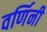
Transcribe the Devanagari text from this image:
वर्णिनी